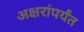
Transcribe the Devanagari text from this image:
अक्षरांपर्यंत